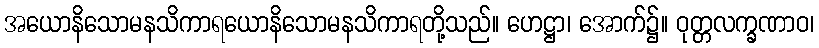
အယောနိသောမနသိကာရယောနိသောမနသိကာရတို့သည်။ ဟေဋ္ဌာ၊ အောက်၌။ ဝုတ္တလက္ခဏာဝ၊